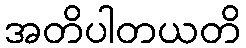
အတိပါတယတိ